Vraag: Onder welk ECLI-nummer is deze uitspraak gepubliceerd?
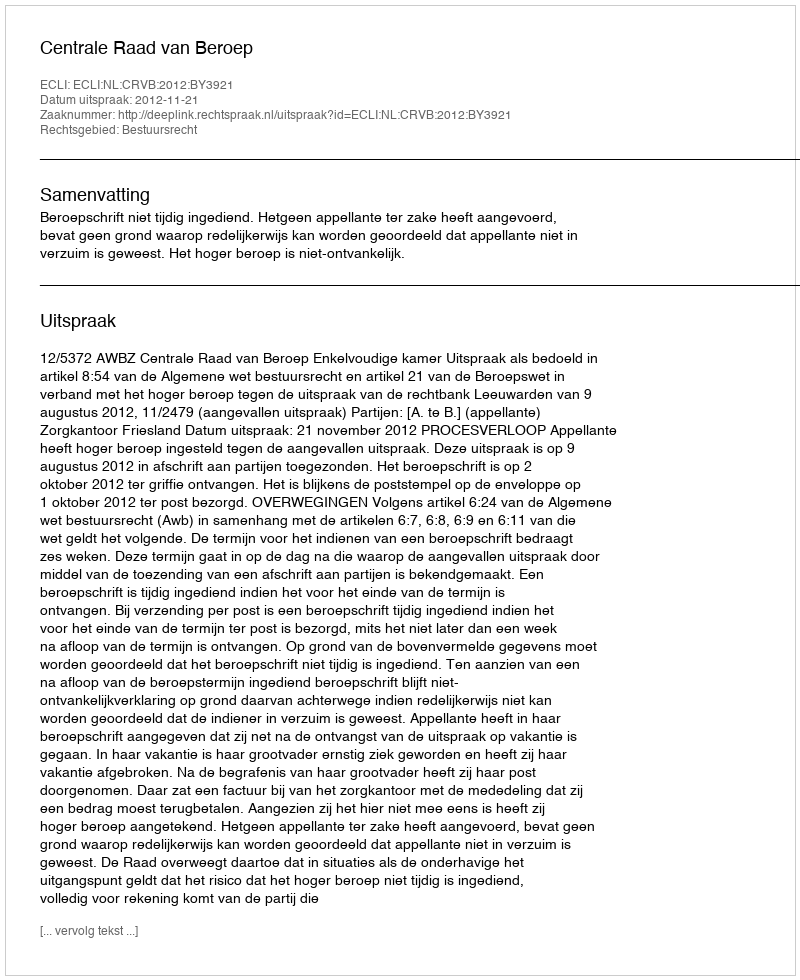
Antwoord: ECLI:NL:CRVB:2012:BY3921